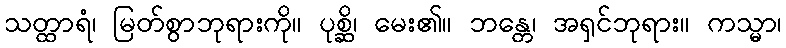
သတ္ထာရံ၊ မြတ်စွာဘုရားကို။ ပုစ္ဆိ၊ မေး၏။ ဘန္တေ၊ အရှင်ဘုရား။ ကသ္မာ၊